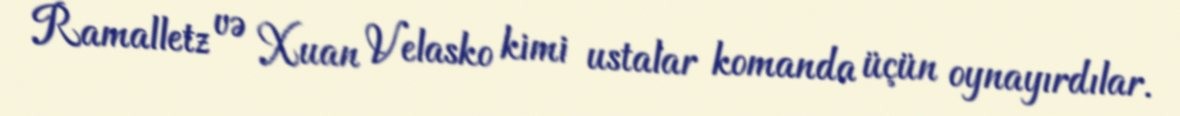
Ramalletz və Xuan Velasko kimi ustalar komanda üçün oynayırdılar.